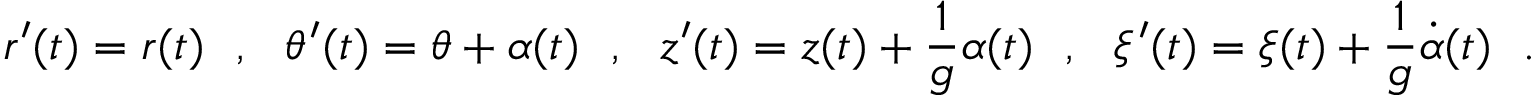
r ^ { \prime } ( t ) = r ( t ) \ \ , \ \ \theta ^ { \prime } ( t ) = \theta + \alpha ( t ) \ \ , \ \ z ^ { \prime } ( t ) = z ( t ) + \frac { 1 } { g } \alpha ( t ) \ \ , \ \ \xi ^ { \prime } ( t ) = \xi ( t ) + \frac { 1 } { g } \dot { \alpha } ( t ) \ \ .